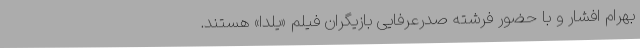
بهرام افشار و با حضور فرشته صدرعرفایی بازیگران فیلم «یلدا» هستند.